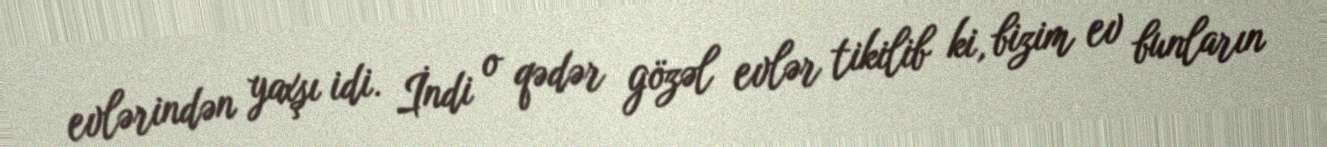
evlərindən yaxşı idi. İndi o qədər gözəl evlər tikilib ki, bizim ev bunların